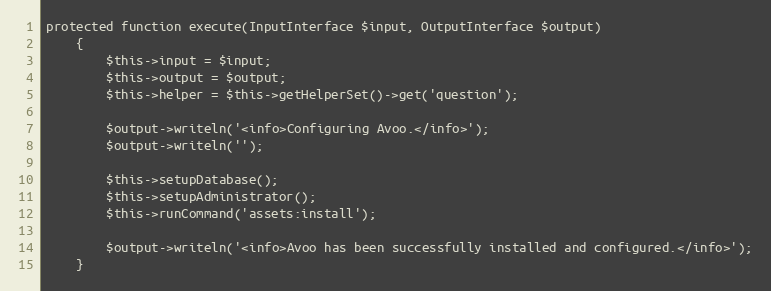
Language: PHP
protected function execute(InputInterface $input, OutputInterface $output)
    {
        $this->input = $input;
        $this->output = $output;
        $this->helper = $this->getHelperSet()->get('question');

        $output->writeln('<info>Configuring Avoo.</info>');
        $output->writeln('');

        $this->setupDatabase();
        $this->setupAdministrator();
        $this->runCommand('assets:install');

        $output->writeln('<info>Avoo has been successfully installed and configured.</info>');
    }